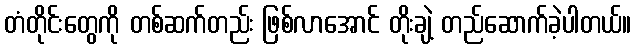
တံတိုင်းတွေကို တစ်ဆက်တည်း ဖြစ်လာအောင် တိုးချဲ့ တည်ဆောက်ခဲ့ပါတယ်။